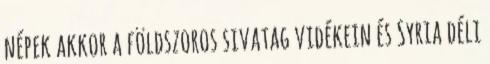
népek akkor a földszoros sivatag vidékein és Syria déli